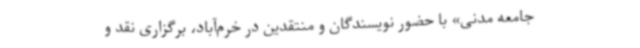
جامعه مدنی» با حضور نویسندگان و منتقدین در خرم‌آباد، برگزاری نقد و